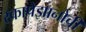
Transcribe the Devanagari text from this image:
स्कापेझानोची